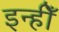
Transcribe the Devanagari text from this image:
इन्हीँ